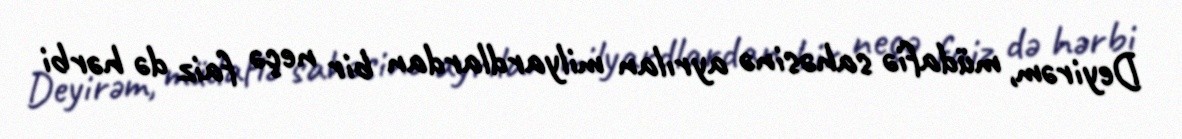
Deyirəm, müdafiə sahəsinə ayrılan milyardlardan bir neçə faiz də hərbi